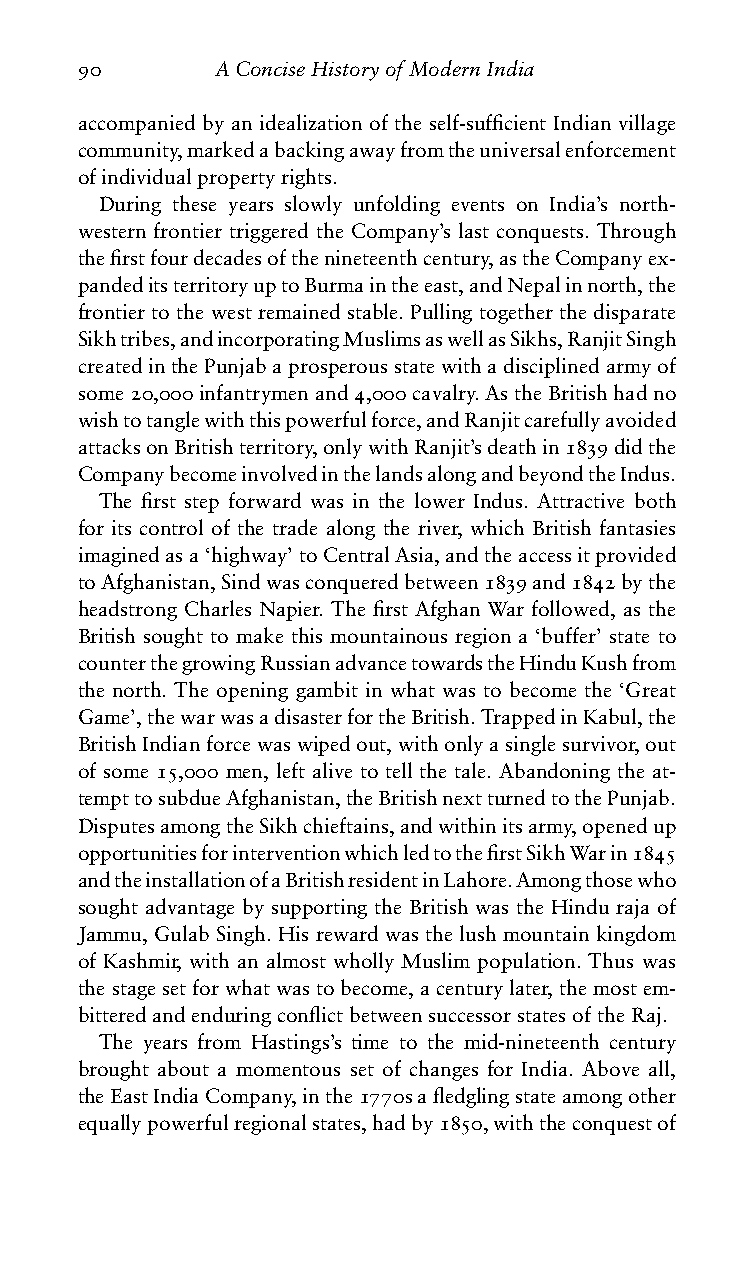
90       AConciseHistoryofModernIndia
 accompanied by an idealization of the self-sufficient Indian village
 community,markedabackingawayfromtheuniversalenforcement
 ofindividualpropertyrights.
 During these years slowly unfolding events on India’s north-
 western frontier triggered the Company’s last conquests. Through
 thefirstfourdecadesofthenineteenthcentury,astheCompanyex-
 pandeditsterritoryuptoBurmaintheeast,andNepalinnorth,the
 frontier to the west remained stable. Pulling together the disparate
 Sikhtribes,andincorporatingMuslimsaswellasSikhs,RanjitSingh
 createdinthePunjabaprosperousstatewithadisciplinedarmyof
 some20,000infantrymenand4,000cavalry.AstheBritishhadno
 wishtotanglewiththispowerfulforce,andRanjitcarefullyavoided
 attacksonBritishterritory,onlywithRanjit’sdeathin1839didthe
 CompanybecomeinvolvedinthelandsalongandbeyondtheIndus.
 The first step forward was in the lower Indus. Attractive both
 for its control of the trade along the river, which British fantasies
 imaginedasa‘highway’toCentralAsia,andtheaccessitprovided
 toAfghanistan,Sindwasconqueredbetween1839and1842bythe
 headstrong Charles Napier. The first Afghan War followed, as the
 British sought to make this mountainous region a ‘buffer’ state to
 counterthegrowingRussianadvancetowardstheHinduKushfrom
 the north. The opening gambit in what was to become the ‘Great
 Game’,thewarwasadisasterfortheBritish.TrappedinKabul,the
 BritishIndianforcewaswipedout,withonlyasinglesurvivor,out
 of some 15,000 men, left alive to tell the tale. Abandoning the at-
 tempttosubdueAfghanistan,theBritishnextturnedtothePunjab.
 DisputesamongtheSikhchieftains,andwithinitsarmy,openedup
 opportunitiesforinterventionwhichledtothefirstSikhWarin1845
 andtheinstallationofaBritishresidentinLahore.Amongthosewho
 sought advantage by supporting the British was the Hindu raja of
 Jammu, Gulab Singh. His reward was the lush mountain kingdom
 of Kashmir, with an almost wholly Muslim population. Thus was
 thestagesetforwhatwastobecome,acenturylater,themostem-
 bitteredandenduringconflictbetweensuccessorstatesoftheRaj.
 The years from Hastings’s time to the mid-nineteenth century
 brought about a momentous set of changes for India. Above all,
 theEastIndiaCompany,inthe1770safledglingstateamongother
 equallypowerfulregionalstates,hadby1850,withtheconquestof